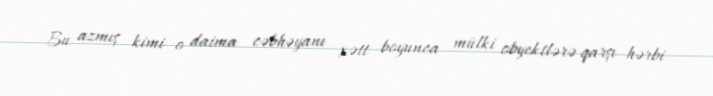
Bu azmış kimi o daima cəbhəyanı xətt boyunca mülki obyektlərə qarşı hərbi